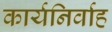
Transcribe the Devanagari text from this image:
कार्यनिर्वाह